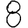
Digit: 8